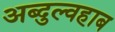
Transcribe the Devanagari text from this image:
अब्दुल्वहाब